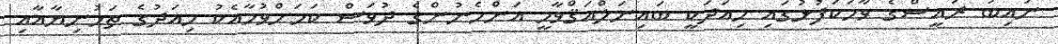
ނައިބު ރައީސްގެ ވާހަކަފުޅުގައި މިއަދަކީ ބައިނަލްއަޤްވާމީ އަންހެނުންގެ ދުވަސް ކަމަށްވުމާއެކު މިއަދުގެ ތަހުނިޔާއާއި